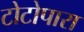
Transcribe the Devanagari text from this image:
टोटोपारा